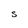
Character: S